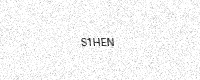
Text: S1HEN